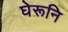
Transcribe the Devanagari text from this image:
घेरूनि